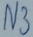
Text: N3